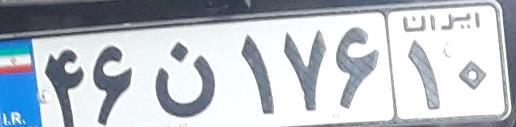
۴۶ن۱۷۶۱۰